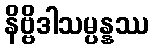
နိဗ္ဗိဒါသမ္ပန္နဿ